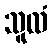
သူလံ